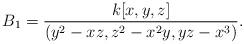
LaTeX: \begin{align*}B_1=\frac{k[x,y,z]}{(y^2-xz,z^2-x^2y,yz-x^3)}.\end{align*}